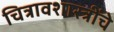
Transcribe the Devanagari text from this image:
चित्रावशास्त्रींचे